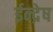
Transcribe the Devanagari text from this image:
ईन्द्रेष